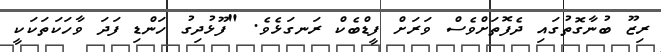
ރިޒޫ ބުނާގޮތުގައި ދެފޮތަށްވެސް ވަރަށް ފީޑްބެކް ރަނގަޅެވެ. "ފޫޅުދިގު ހަންޑި ފަދަ ވާހަކަތަކަކީ